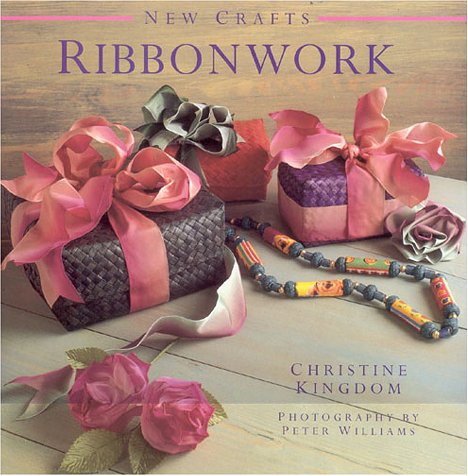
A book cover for Ribbonwork (New Crafts); Christine Kingdom; Crafts, Hobbies & Home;